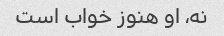
نه، او هنوز خواب است